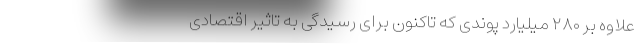
علاوه بر ۲۸۰ میلیارد پوندی که تاکنون برای رسیدگی به تاثیر اقتصادی